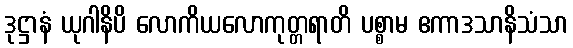
ဒုဋ္ဌာနံ ယုဂါနိပိ လောကိယလောကုတ္တရာတိ ပစ္စာမ ဧကာဒသာနိသံသာ